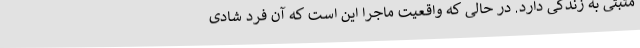
مثبتی به زندگی دارد. در حالی که واقعیت ماجرا این است که آن فرد شادی